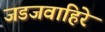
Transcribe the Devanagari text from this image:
जडजवाहिरे